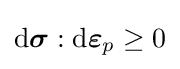
{\text{d}}{\boldsymbol {\sigma }}:{\text{d}}{\boldsymbol {\varepsilon }}_{p}\geq 0